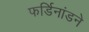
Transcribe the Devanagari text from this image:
फर्डिनांडने